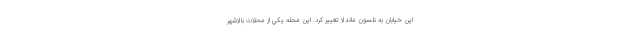
اين خيابان به نلسون ماندلا تغيير كرد. اين محله يكي از محلات بالاشهر